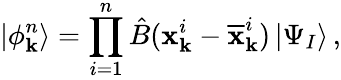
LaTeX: |\phi_{\mathbf{k}}^{n}\rangle=\prod_{i=1}^{n}\hat{{B}}(\textbf{{x}}_{\mathbf{k}}^{i}-\overline{{{\textbf{{x}}}}}_{\mathbf{k}}^{i})\, |\Psi_{I}\rangle\, ,